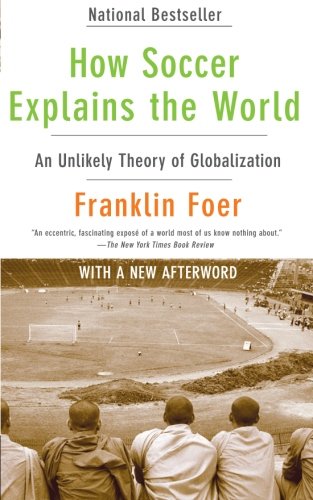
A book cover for How Soccer Explains the World: An Unlikely Theory of Globalization; Franklin Foer; Sports & Outdoors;